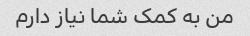
من به کمک شما نیاز دارم